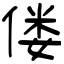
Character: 偻